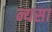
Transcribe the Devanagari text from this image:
न्यसा